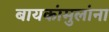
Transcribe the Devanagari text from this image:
बायकांमुलांना